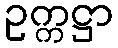
ဥက္ကဋ္ဌာ